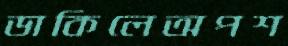
ডাকিলেঅপশ